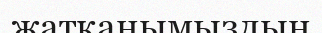
жатқанымыздың